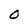
Character: O